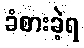
ခံစားခဲ့ရ